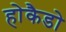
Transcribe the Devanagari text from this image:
होकैडो